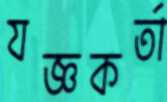
যজ্ঞকর্তা